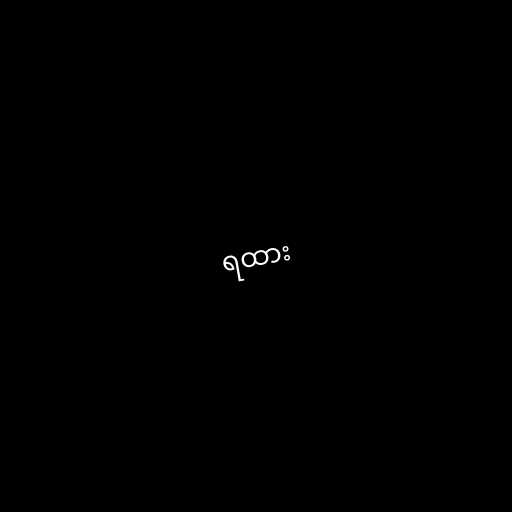
ရထား